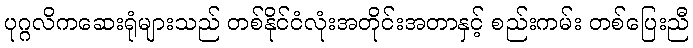
ပုဂ္ဂလိကဆေးရုံများသည် တစ်နိုင်ငံလုံးအတိုင်းအတာနှင့် စည်းကမ်း တစ်ပြေးညီ